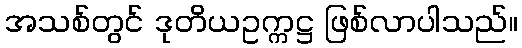
အသစ်တွင် ဒုတိယဥက္ကဋ္ဌ ဖြစ်လာပါသည်။